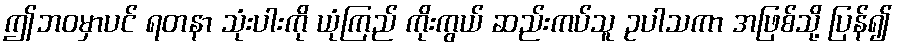
ဤဘဝမှာပင် ရတနာ သုံးပါးကို ယုံကြည် ကိုးကွယ် ဆည်းကပ်သူ ဥပါသကာ အဖြစ်သို့ ပြန်၍